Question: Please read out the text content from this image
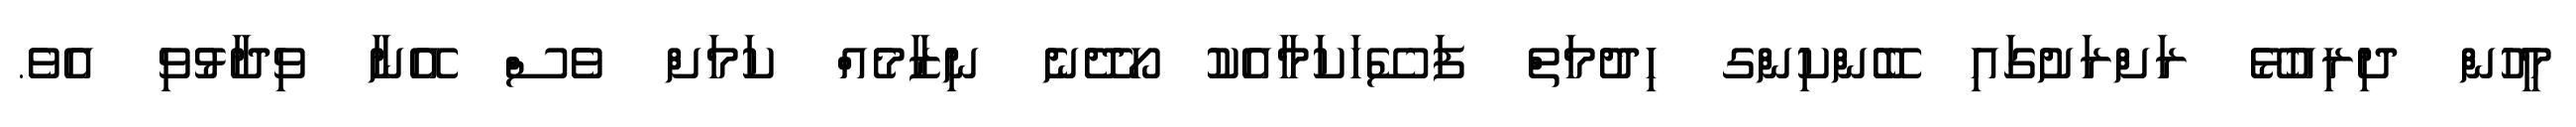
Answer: މީހުން ދިރިއުޅޭ ރަށްރަށުގައި ބޭންކިންގ ހިދުމަތް ފަސޭހަކަމާއެކު ހޯދޭނެ ނިޒާމެއް ކަމަށް ވެސް އޭނާ ވިދާޅުވި އެވެ.